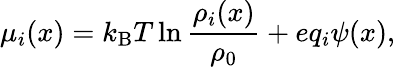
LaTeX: \mu_{i}(x)=k_{\mathrm{B}}T\ln\frac{\rho_{i}(x)}{\rho_{0}}+eq_{i}\psi(x),